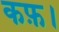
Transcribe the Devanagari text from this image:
कफ़।